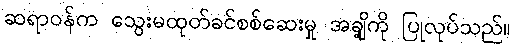
ဆရာဝန်က သွေးမထုတ်ခင်စစ်ဆေးမှု အချို့ကို ပြုလုပ်သည်။